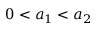
0 < a _ { 1 } < a _ { 2 }